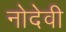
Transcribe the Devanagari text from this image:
नोदेवी